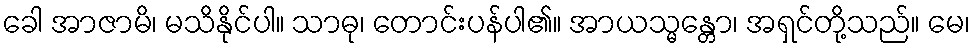
ခေါ အာဇာမိ၊ မသိနိုင်ပါ။ သာဓု၊ တောင်းပန်ပါ၏။ အာယသ္မန္တော၊ အရှင်တို့သည်။ မေ၊